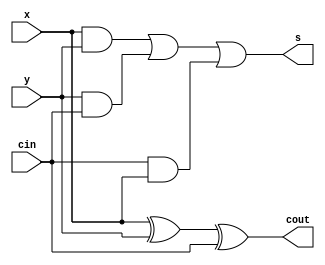
module bit_add(input x,y, cin, output cout, s);
assign s=(x & y)|(y & cin)|(cin & x);
assign cout =x ^y ^ cin;
endmodule